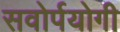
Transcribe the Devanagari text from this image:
सवोर्पयोगी